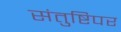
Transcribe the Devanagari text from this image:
संतुष्टिपर